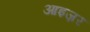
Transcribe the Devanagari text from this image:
आइज़र